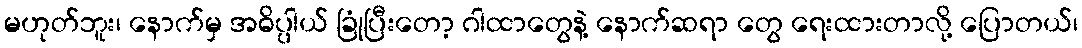
မဟုတ်ဘူး၊ နောက်မှ အဓိပ္ပါယ် ခြုံပြီးတော့ ဂါထာတွေနဲ့ နောက်ဆရာ တွေ ရေးထားတာလို့ ပြောတယ်၊